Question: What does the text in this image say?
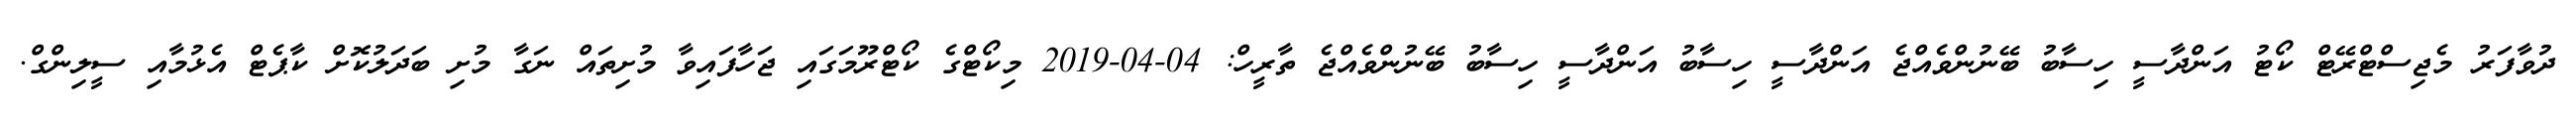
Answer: ދުވާފަރު މެޖިސްޓްރޭޓް ކޯޓު އަންދާސީ ހިސާބު ބޭނުންވެއްޖެ އަންދާސީ ހިސާބު އަންދާސީ ހިސާބު ބޭނުންވެއްޖެ ތާރީހް: 04-04-2019 މިކޯޓްގެ ކޯޓްރޫމަގައި ޖަހާފައިވާ މުށިތައް ނަގާ މުށި ބަދަލުކޮށް ކާޕެޓް އެޅުމާއި ސީލިންގް.